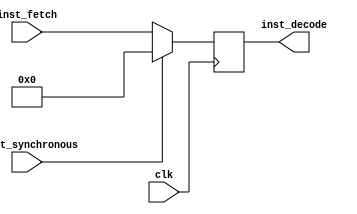
module decode_pipeline_reg #(parameter W = 32)
    (
        input clk,
        input reset_synchronous,
        input [W-1:0] inst_fetch,
        output reg [W-1:0] inst_decode
    );

    always @(posedge clk)
        begin
            if (reset_synchronous == 1) 
			    inst_decode <= 0;
			else if (reset_synchronous == 0)
				inst_decode <= inst_fetch;
        end
endmodule